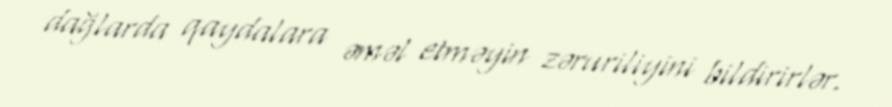
dağlarda qaydalara əməl etməyin zəruriliyini bildirirlər.